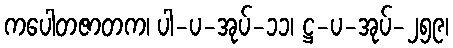
ကပေါတဇာတက၊ ပါ-ပ-အုပ်-၁၁၊ ဋ္ဌ-ပ-အုပ်-၂၅၉၊